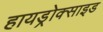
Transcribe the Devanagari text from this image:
हायड्रोक्साइड